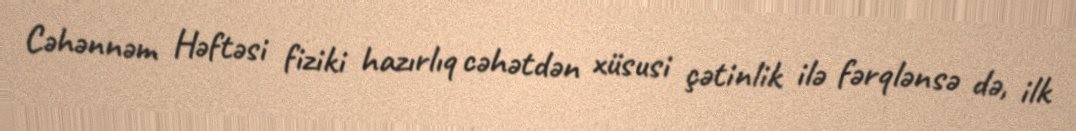
Cəhənnəm Həftəsi fiziki hazırlıq cəhətdən xüsusi çətinlik ilə fərqlənsə də, ilk